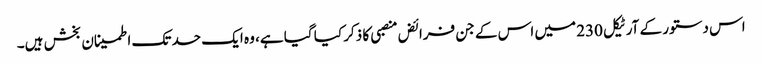
اس دستور کے آرٹیکل 230 میں اس کے جن فرائض منصبی کا ذکر کیا گیا ہے، وہ ایک حد تک اطمینان بخش ہیں۔